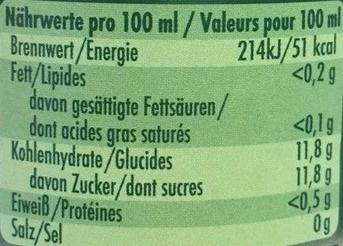
Nährwerte pro 100 ml/Valeurs pour 100 ml
Brennwert/Energie Fett/Lipides
214kJ/51 kcal <0,2 g
davon gesättigte Fettsäuren/ dont acides gras saturés Kohlenhydrate/Glucides davon Zucker/dont sucres
Eiweiß/Protéines Salz/Sel
<0,1 g
11,8 g
11,8 g
<0,5 g
Og